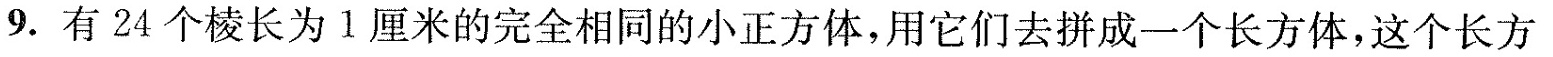
9.有24个棱长为1厘米的完全相同的小正方体，用它们去拼成一个长方体，这个长方